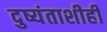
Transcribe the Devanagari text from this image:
दुष्यंताशीही